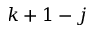
k + 1 - j